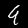
Label: 9